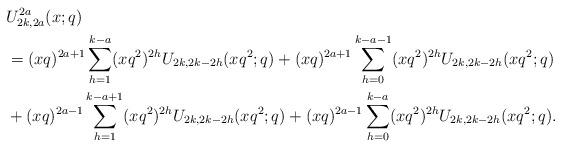
LaTeX: \begin{align*}&U^{2a}_{2k,2a}(x;q)\\&=(xq)^{2a+1}\sum_{h=1}^{k-a}(xq^2)^{2h}U_{2k,2k-2h}(xq^2;q)+(xq)^{2a+1}\sum_{h=0}^{k-a-1}(xq^2)^{2h}U_{2k,2k-2h}(xq^2;q)\\&+(xq)^{2a-1}\sum_{h=1}^{k-a+1}(xq^2)^{2h}U_{2k,2k-2h}(xq^2;q)+(xq)^{2a-1}\sum_{h=0}^{k-a}(xq^2)^{2h}U_{2k,2k-2h}(xq^2;q).\end{align*}